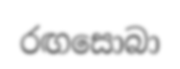
රඟසොබා